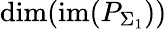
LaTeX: \mathrm{dim}(\mathrm{im}(P_{\Sigma_{1}}))